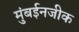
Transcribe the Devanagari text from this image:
मुंबईनजीक